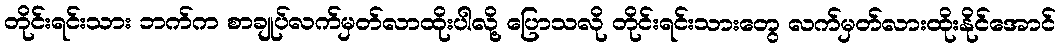
တိုင်းရင်းသား ဘက်က စာချုပ်လက်မှတ်လာထိုးပါလို့ ပြောသလို တိုင်းရင်းသားတွေ လက်မှတ်လားထိုးနိုင်အောင်